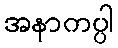
အနာကပ္ပါ